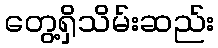
တွေ့ရှိသိမ်းဆည်း